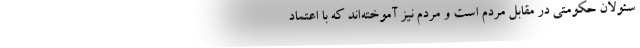
سئولان حکومتی در مقابل مردم است و مردم نیز آموخته‌اند که با اعتماد